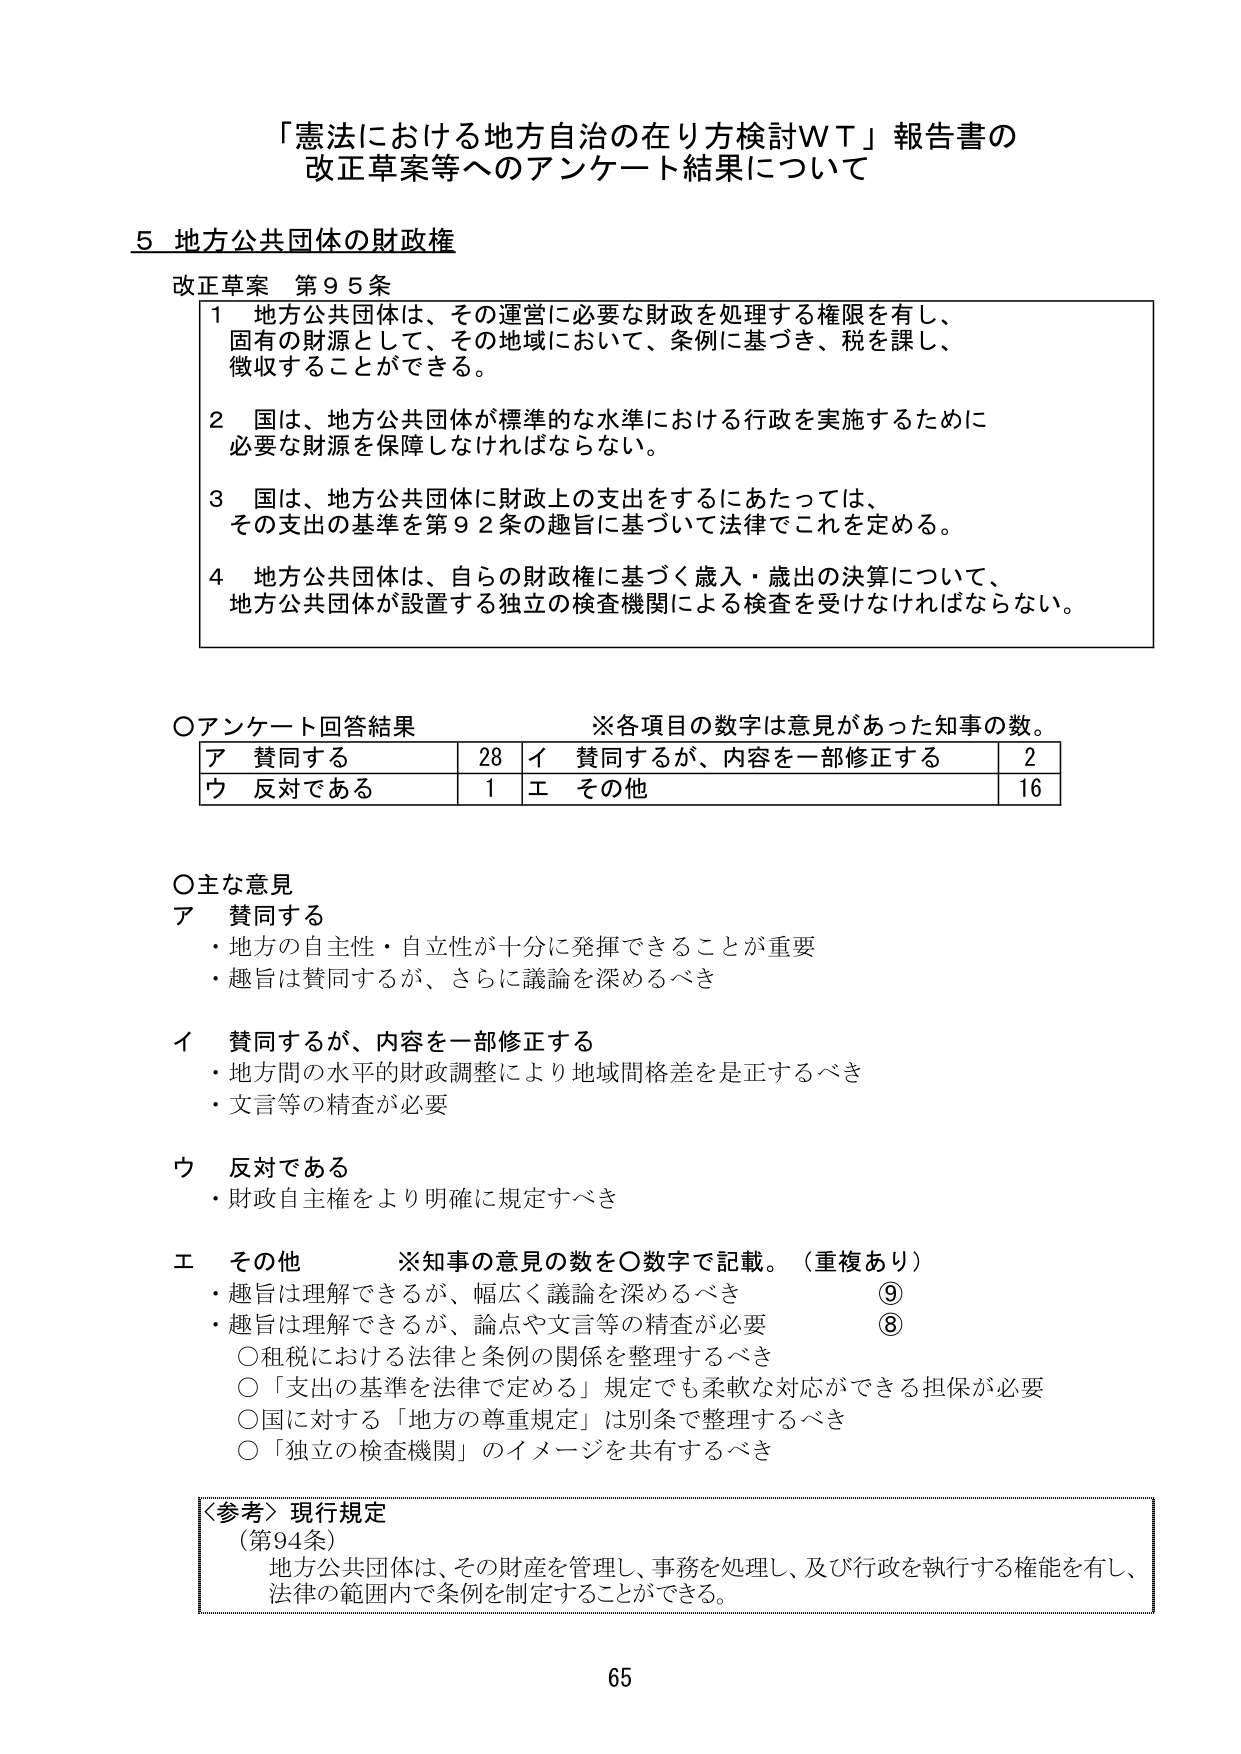
「憲法における地方自治の在り方検討ＷＴ」報告書の
改正草案等へのアンケート結果について

５ 地方公共団体の財政権

改正草案 第９５条
１ 地方公共団体は、その運営に必要な財政を処理する権限を有し、
　固有の財源として、その地域において、条例に基づき、税を課し、
　徴収することができる。
２ 国は、地方公共団体が標準的な水準における行政を実施するために
　必要な財源を保障しなければならない。
３ 国は、地方公共団体に財政上の支出をするにあたっては、
　その支出の基準を第９２条の趣旨に基づいて法律でこれを定める。
４ 地方公共団体は、自らの財政権に基づく歳入・歳出の決算について、
　地方公共団体が設置する独立の検査機関による検査を受けなければならない。

○アンケート回答結果　　　　　※各項目の数字は意見があった知事の数。
　ア 賛同する　　　　　　　　28　イ 賛同するが、内容を一部修正する　　　2
　ウ 反対である　　　　　　　　1　エ その他　　　　　　　　　　　　　　16

○主な意見
ア 賛同する
　・地方の自主性・自立性が十分に発揮できることが重要
　・趣旨は賛同するが、さらに議論を深めるべき

イ 賛同するが、内容を一部修正する
　・地方間の水平的財政調整により地域間格差を是正するべき
　・文言等の精査が必要

ウ 反対である
　・財政自主権をより明確に規定すべき

エ その他　　　　　※知事の意見の数を○数字で記載。（重複あり）
　・趣旨は理解できるが、幅広く議論を深めるべき　　　　　　　　　　⑨
　・趣旨は理解できるが、論点や文言等の精査が必要　　　　　　　　　⑧
　○租税における法律と条例の関係を整理するべき
　○「支出の基準を法律で定める」規定でも柔軟な対応ができる担保が必要
　○国に対する「地方の尊重規定」は別条で整理するべき
　○「独立の検査機関」のイメージを共有するべき

〈参考〉現行規定
（第94条）
　地方公共団体は、その財産を管理し、事務を処理し、及び行政を執行する権能を有し、
　法律の範囲内で条例を制定することができる。

65